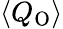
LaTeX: \langle Q_{\mathrm{O}}\rangle